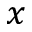
x